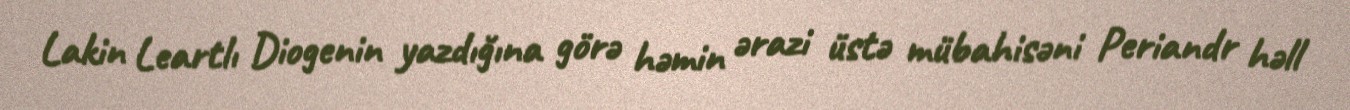
Lakin Leartlı Diogenin yazdığına görə həmin ərazi üstə mübahisəni Periandr həll